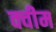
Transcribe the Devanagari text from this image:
क्वीम